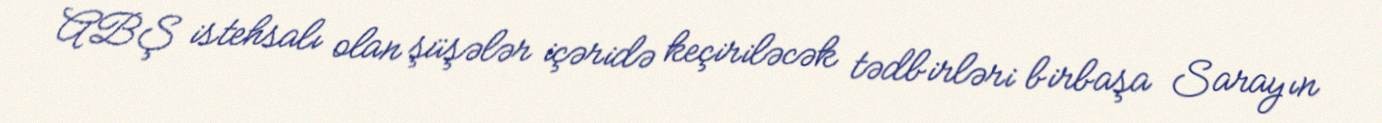
ABŞ istehsalı olan şüşələr içəridə keçiriləcək tədbirləri birbaşa Sarayın